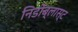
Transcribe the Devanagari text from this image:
निडोब्लास्ट